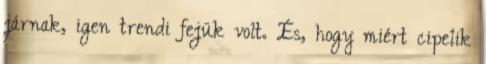
járnak, igen trendi fejük volt. És, hogy miért cipelik